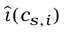
\widehat { \iota } ( c _ { s , i } )